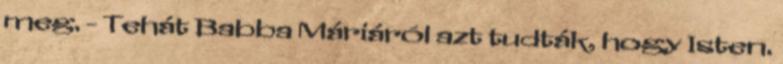
meg. - Tehát Babba Máriáról azt tudták, hogy Isten.